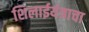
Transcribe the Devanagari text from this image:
शिलाईयंत्राचा